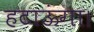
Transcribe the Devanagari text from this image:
हटाऊंगा।